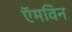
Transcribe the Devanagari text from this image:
ऍमविन